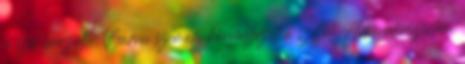
a szél borzolta. Barna szemem könynyezett a széltől. Adrenalinszintem